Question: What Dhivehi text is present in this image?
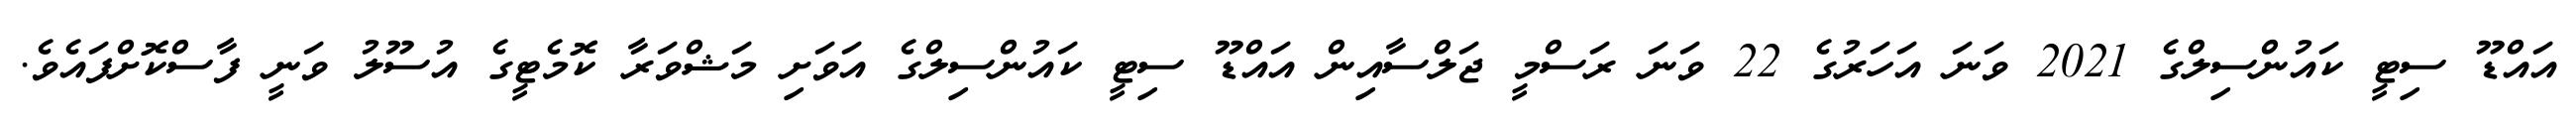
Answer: އައްޑޫ ސިޓީ ކައުންސިލްގެ 2021 ވަނަ އަހަރުގެ 22 ވަނަ ރަސްމީ ޖަލްސާއިން އައްޑޫ ސިޓީ ކައުންސިލްގެ އަވަށި މަޝްވަރާ ކޮމެޓީގެ އުސޫލު ވަނީ ފާސްކޮށްފައެވެ.